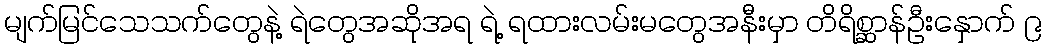
မျက်မြင်သေသက်တွေနဲ့ ရဲတွေအဆိုအရ ရဲ့ ရထားလမ်းမတွေအနီးမှာ တိရိစ္ဆာန်ဦးနှောက် ၉